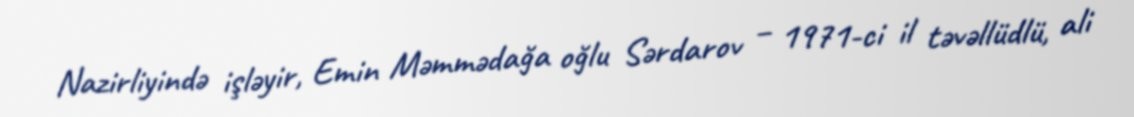
Nazirliyində işləyir, Emin Məmmədağa oğlu Sərdarov – 1971-ci il təvəllüdlü, ali